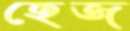
হেজ